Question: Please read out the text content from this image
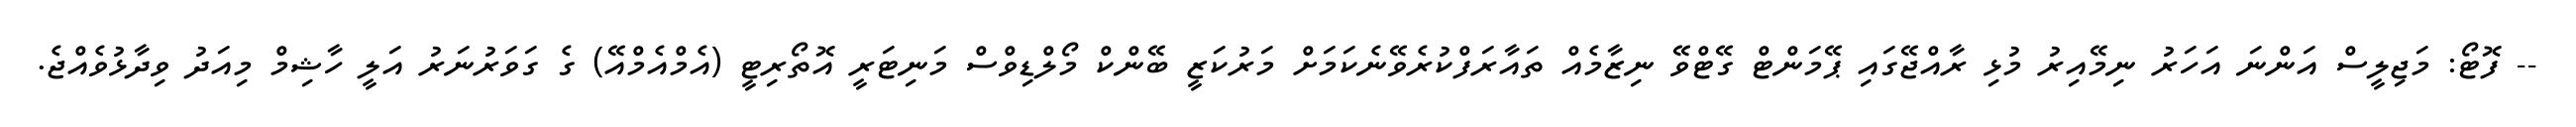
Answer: -- ފޮޓޯ: މަޖިލީސް އަންނަ އަހަރު ނިމޭއިރު މުޅި ރާއްޖޭގައި ޕޭމަންޓް ގޭޓްވޭ ނިޒާމެއް ތައާރަފްކުރެވޭނެކަމަށް މަރުކަޒީ ބޭންކް މޯލްޑިވްސް މަނިޓަރީ އޮތޯރިޓީ (އެމްއެމްއޭ) ގެ ގަވަރުނަރު އަލީ ހާޝިމް މިއަދު ވިދާޅުވެއްޖެ.